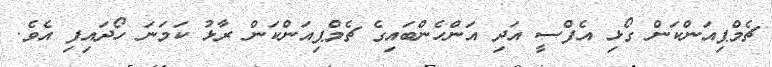
ޗެމްޕިއަންކަން ގޯޅި އެފްސީ އަދި އަންހެންބައިގެ ޗެމްޕިއަންކަން ރާޅު ކަމަނަ ހޯދައިފި އެވެ.